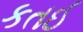
કતઈ